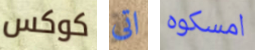
كوكس اتى امسكوه